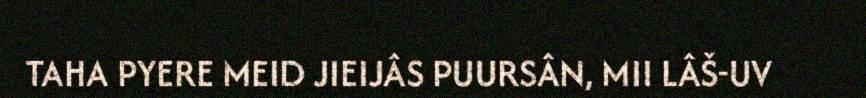
TAHA PYERE MEID JIEIJÂS PUURSÂN, MII LÂŠ-UV